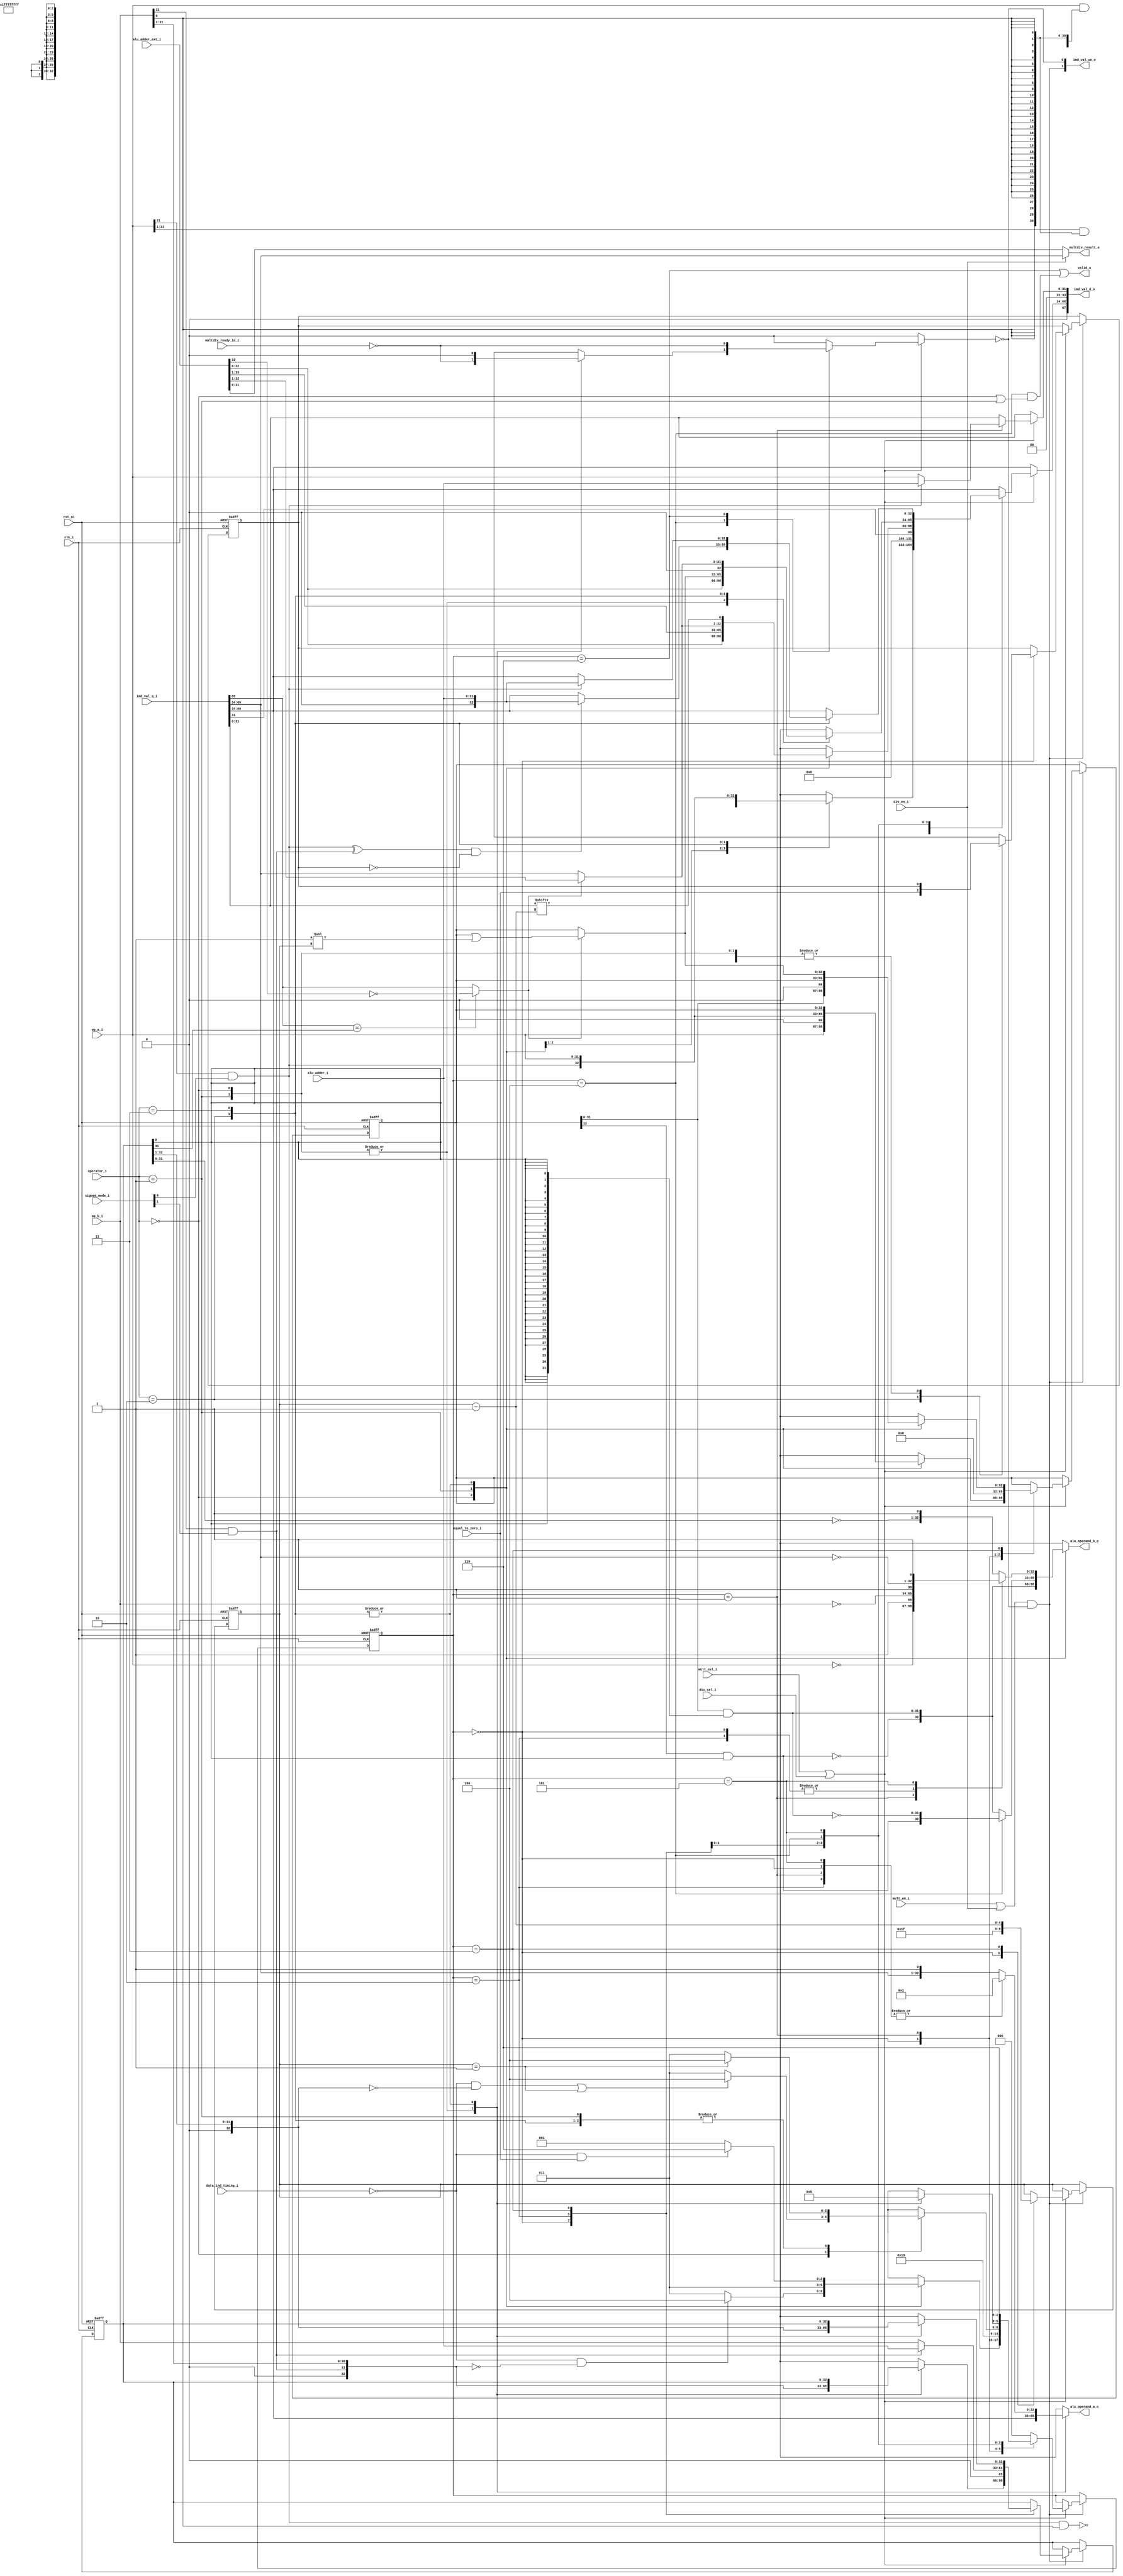
module ibex_multdiv_slow (
	clk_i,
	rst_ni,
	mult_en_i,
	div_en_i,
	mult_sel_i,
	div_sel_i,
	operator_i,
	signed_mode_i,
	op_a_i,
	op_b_i,
	alu_adder_ext_i,
	alu_adder_i,
	equal_to_zero_i,
	data_ind_timing_i,
	alu_operand_a_o,
	alu_operand_b_o,
	imd_val_q_i,
	imd_val_d_o,
	imd_val_we_o,
	multdiv_ready_id_i,
	multdiv_result_o,
	valid_o
);
	input wire clk_i;
	input wire rst_ni;
	input wire mult_en_i;
	input wire div_en_i;
	input wire mult_sel_i;
	input wire div_sel_i;
	input wire [1:0] operator_i;
	input wire [1:0] signed_mode_i;
	input wire [31:0] op_a_i;
	input wire [31:0] op_b_i;
	input wire [33:0] alu_adder_ext_i;
	input wire [31:0] alu_adder_i;
	input wire equal_to_zero_i;
	input wire data_ind_timing_i;
	output reg [32:0] alu_operand_a_o;
	output reg [32:0] alu_operand_b_o;
	input wire [67:0] imd_val_q_i;
	output wire [67:0] imd_val_d_o;
	output wire [1:0] imd_val_we_o;
	input wire multdiv_ready_id_i;
	output wire [31:0] multdiv_result_o;
	output wire valid_o;
	reg [2:0] md_state_q;
	reg [2:0] md_state_d;
	wire [32:0] accum_window_q;
	reg [32:0] accum_window_d;
	wire unused_imd_val0;
	wire [1:0] unused_imd_val1;
	wire [32:0] res_adder_l;
	wire [32:0] res_adder_h;
	reg [4:0] multdiv_count_q;
	reg [4:0] multdiv_count_d;
	reg [32:0] op_b_shift_q;
	reg [32:0] op_b_shift_d;
	reg [32:0] op_a_shift_q;
	reg [32:0] op_a_shift_d;
	wire [32:0] op_a_ext;
	wire [32:0] op_b_ext;
	wire [32:0] one_shift;
	wire [32:0] op_a_bw_pp;
	wire [32:0] op_a_bw_last_pp;
	wire [31:0] b_0;
	wire sign_a;
	wire sign_b;
	wire [32:0] next_quotient;
	wire [31:0] next_remainder;
	wire [31:0] op_numerator_q;
	reg [31:0] op_numerator_d;
	wire is_greater_equal;
	wire div_change_sign;
	wire rem_change_sign;
	reg div_by_zero_d;
	reg div_by_zero_q;
	reg multdiv_hold;
	wire multdiv_en;
	assign res_adder_l = alu_adder_ext_i[32:0];
	assign res_adder_h = alu_adder_ext_i[33:1];
	assign imd_val_d_o[34+:34] = {1'b0, accum_window_d};
	assign imd_val_we_o[0] = ~multdiv_hold;
	assign accum_window_q = imd_val_q_i[66-:33];
	assign unused_imd_val0 = imd_val_q_i[67];
	assign imd_val_d_o[0+:34] = {2'b00, op_numerator_d};
	assign imd_val_we_o[1] = multdiv_en;
	assign op_numerator_q = imd_val_q_i[31-:32];
	assign unused_imd_val1 = imd_val_q_i[33-:2];
	localparam [2:0] MD_ABS_A = 1;
	localparam [2:0] MD_ABS_B = 2;
	localparam [2:0] MD_CHANGE_SIGN = 5;
	localparam [2:0] MD_IDLE = 0;
	localparam [2:0] MD_LAST = 4;
	localparam [1:0] ibex_pkg_MD_OP_DIV = 2;
	localparam [1:0] ibex_pkg_MD_OP_MULH = 1;
	localparam [1:0] ibex_pkg_MD_OP_MULL = 0;
	localparam [1:0] ibex_pkg_MD_OP_REM = 3;
	always @(*) begin
		alu_operand_a_o = accum_window_q;
		case (operator_i)
			ibex_pkg_MD_OP_MULL: alu_operand_b_o = op_a_bw_pp;
			ibex_pkg_MD_OP_MULH: alu_operand_b_o = (md_state_q == MD_LAST ? op_a_bw_last_pp : op_a_bw_pp);
			ibex_pkg_MD_OP_DIV, ibex_pkg_MD_OP_REM:
				case (md_state_q)
					MD_IDLE: begin
						alu_operand_a_o = {32'h00000000, 1'b1};
						alu_operand_b_o = {~op_b_i, 1'b1};
					end
					MD_ABS_A: begin
						alu_operand_a_o = {32'h00000000, 1'b1};
						alu_operand_b_o = {~op_a_i, 1'b1};
					end
					MD_ABS_B: begin
						alu_operand_a_o = {32'h00000000, 1'b1};
						alu_operand_b_o = {~op_b_i, 1'b1};
					end
					MD_CHANGE_SIGN: begin
						alu_operand_a_o = {32'h00000000, 1'b1};
						alu_operand_b_o = {~accum_window_q[31:0], 1'b1};
					end
					default: begin
						alu_operand_a_o = {accum_window_q[31:0], 1'b1};
						alu_operand_b_o = {~op_b_shift_q[31:0], 1'b1};
					end
				endcase
			default: begin
				alu_operand_a_o = accum_window_q;
				alu_operand_b_o = {~op_b_shift_q[31:0], 1'b1};
			end
		endcase
	end
	assign b_0 = {32 {op_b_shift_q[0]}};
	assign op_a_bw_pp = {~(op_a_shift_q[32] & op_b_shift_q[0]), op_a_shift_q[31:0] & b_0};
	assign op_a_bw_last_pp = {op_a_shift_q[32] & op_b_shift_q[0], ~(op_a_shift_q[31:0] & b_0)};
	assign sign_a = op_a_i[31] & signed_mode_i[0];
	assign sign_b = op_b_i[31] & signed_mode_i[1];
	assign op_a_ext = {sign_a, op_a_i};
	assign op_b_ext = {sign_b, op_b_i};
	assign is_greater_equal = (accum_window_q[31] == op_b_shift_q[31] ? ~res_adder_h[31] : accum_window_q[31]);
	assign one_shift = {32'b00000000000000000000000000000000, 1'b1} << multdiv_count_q;
	assign next_remainder = (is_greater_equal ? res_adder_h[31:0] : accum_window_q[31:0]);
	assign next_quotient = (is_greater_equal ? op_a_shift_q | one_shift : op_a_shift_q);
	assign div_change_sign = (sign_a ^ sign_b) & ~div_by_zero_q;
	assign rem_change_sign = sign_a;
	localparam [2:0] MD_COMP = 3;
	localparam [2:0] MD_FINISH = 6;
	always @(*) begin
		multdiv_count_d = multdiv_count_q;
		accum_window_d = accum_window_q;
		op_b_shift_d = op_b_shift_q;
		op_a_shift_d = op_a_shift_q;
		op_numerator_d = op_numerator_q;
		md_state_d = md_state_q;
		multdiv_hold = 1'b0;
		div_by_zero_d = div_by_zero_q;
		if (mult_sel_i || div_sel_i)
			case (md_state_q)
				MD_IDLE: begin
					case (operator_i)
						ibex_pkg_MD_OP_MULL: begin
							op_a_shift_d = op_a_ext << 1;
							accum_window_d = {~(op_a_ext[32] & op_b_i[0]), op_a_ext[31:0] & {32 {op_b_i[0]}}};
							op_b_shift_d = op_b_ext >> 1;
							md_state_d = (!data_ind_timing_i && ((op_b_ext >> 1) == 0) ? MD_LAST : MD_COMP);
						end
						ibex_pkg_MD_OP_MULH: begin
							op_a_shift_d = op_a_ext;
							accum_window_d = {1'b1, ~(op_a_ext[32] & op_b_i[0]), op_a_ext[31:1] & {31 {op_b_i[0]}}};
							op_b_shift_d = op_b_ext >> 1;
							md_state_d = MD_COMP;
						end
						ibex_pkg_MD_OP_DIV: begin
							accum_window_d = {33 {1'b1}};
							md_state_d = (!data_ind_timing_i && equal_to_zero_i ? MD_FINISH : MD_ABS_A);
							div_by_zero_d = equal_to_zero_i;
						end
						ibex_pkg_MD_OP_REM: begin
							accum_window_d = op_a_ext;
							md_state_d = (!data_ind_timing_i && equal_to_zero_i ? MD_FINISH : MD_ABS_A);
						end
						default:
							;
					endcase
					multdiv_count_d = 5'd31;
				end
				MD_ABS_A: begin
					op_a_shift_d = {33 {1'sb0}};
					op_numerator_d = (sign_a ? alu_adder_i : op_a_i);
					md_state_d = MD_ABS_B;
				end
				MD_ABS_B: begin
					accum_window_d = {32'h00000000, op_numerator_q[31]};
					op_b_shift_d = (sign_b ? {1'b0, alu_adder_i} : {1'b0, op_b_i});
					md_state_d = MD_COMP;
				end
				MD_COMP: begin
					multdiv_count_d = multdiv_count_q - 5'h01;
					case (operator_i)
						ibex_pkg_MD_OP_MULL: begin
							accum_window_d = res_adder_l;
							op_a_shift_d = op_a_shift_q << 1;
							op_b_shift_d = op_b_shift_q >> 1;
							md_state_d = ((!data_ind_timing_i && (op_b_shift_d == 0)) || (multdiv_count_q == 5'd1) ? MD_LAST : MD_COMP);
						end
						ibex_pkg_MD_OP_MULH: begin
							accum_window_d = res_adder_h;
							op_a_shift_d = op_a_shift_q;
							op_b_shift_d = op_b_shift_q >> 1;
							md_state_d = (multdiv_count_q == 5'd1 ? MD_LAST : MD_COMP);
						end
						ibex_pkg_MD_OP_DIV, ibex_pkg_MD_OP_REM: begin
							accum_window_d = {next_remainder[31:0], op_numerator_q[multdiv_count_d]};
							op_a_shift_d = next_quotient;
							md_state_d = (multdiv_count_q == 5'd1 ? MD_LAST : MD_COMP);
						end
						default:
							;
					endcase
				end
				MD_LAST:
					case (operator_i)
						ibex_pkg_MD_OP_MULL: begin
							accum_window_d = res_adder_l;
							md_state_d = MD_IDLE;
							multdiv_hold = ~multdiv_ready_id_i;
						end
						ibex_pkg_MD_OP_MULH: begin
							accum_window_d = res_adder_l;
							md_state_d = MD_IDLE;
							md_state_d = MD_IDLE;
							multdiv_hold = ~multdiv_ready_id_i;
						end
						ibex_pkg_MD_OP_DIV: begin
							accum_window_d = next_quotient;
							md_state_d = MD_CHANGE_SIGN;
						end
						ibex_pkg_MD_OP_REM: begin
							accum_window_d = {1'b0, next_remainder[31:0]};
							md_state_d = MD_CHANGE_SIGN;
						end
						default:
							;
					endcase
				MD_CHANGE_SIGN: begin
					md_state_d = MD_FINISH;
					case (operator_i)
						ibex_pkg_MD_OP_DIV: accum_window_d = (div_change_sign ? {1'b0, alu_adder_i} : accum_window_q);
						ibex_pkg_MD_OP_REM: accum_window_d = (rem_change_sign ? {1'b0, alu_adder_i} : accum_window_q);
						default:
							;
					endcase
				end
				MD_FINISH: begin
					md_state_d = MD_IDLE;
					multdiv_hold = ~multdiv_ready_id_i;
				end
				default: md_state_d = MD_IDLE;
			endcase
	end
	assign multdiv_en = (mult_en_i | div_en_i) & ~multdiv_hold;
	always @(posedge clk_i or negedge rst_ni)
		if (!rst_ni) begin
			multdiv_count_q <= 5'h00;
			op_b_shift_q <= 33'h000000000;
			op_a_shift_q <= 33'h000000000;
			md_state_q <= MD_IDLE;
			div_by_zero_q <= 1'b0;
		end
		else if (multdiv_en) begin
			multdiv_count_q <= multdiv_count_d;
			op_b_shift_q <= op_b_shift_d;
			op_a_shift_q <= op_a_shift_d;
			md_state_q <= md_state_d;
			div_by_zero_q <= div_by_zero_d;
		end
	assign valid_o = (md_state_q == MD_FINISH) | ((md_state_q == MD_LAST) & ((operator_i == ibex_pkg_MD_OP_MULL) | (operator_i == ibex_pkg_MD_OP_MULH)));
	assign multdiv_result_o = (div_en_i ? accum_window_q[31:0] : res_adder_l[31:0]);
endmodule